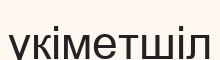
үкіметшіл